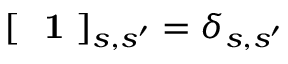
[ \mathrm { ~ \bf ~ 1 ~ } ] _ { s , s ^ { \prime } } = \delta _ { s , s ^ { \prime } }